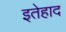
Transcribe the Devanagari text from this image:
इतेहाद